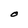
Character: O